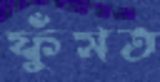
ফুঁসত